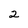
Character: 2